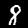
Label: 8